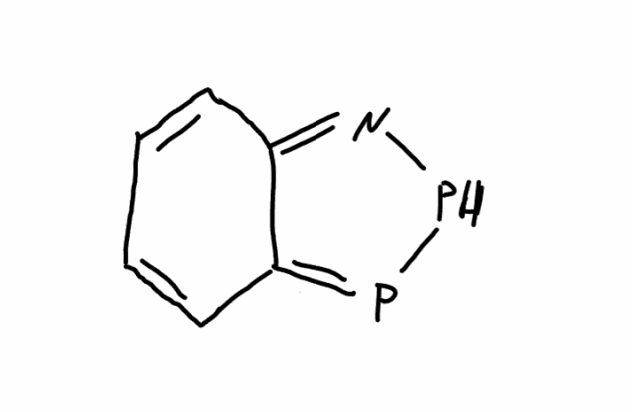
Simplified molecular-input line-entry system (SMILES) notation of the given molecule:
C1=CC2=NPP=C2C=C1